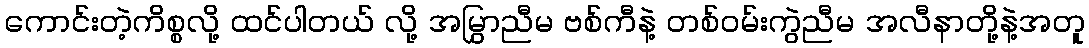
ကောင်းတဲ့ကိစ္စလို့ ထင်ပါတယ် လို့ အမြွှာညီမ ဗစ်ကီနဲ့ တစ်ဝမ်းကွဲညီမ အလီနာတို့နဲ့အတူ